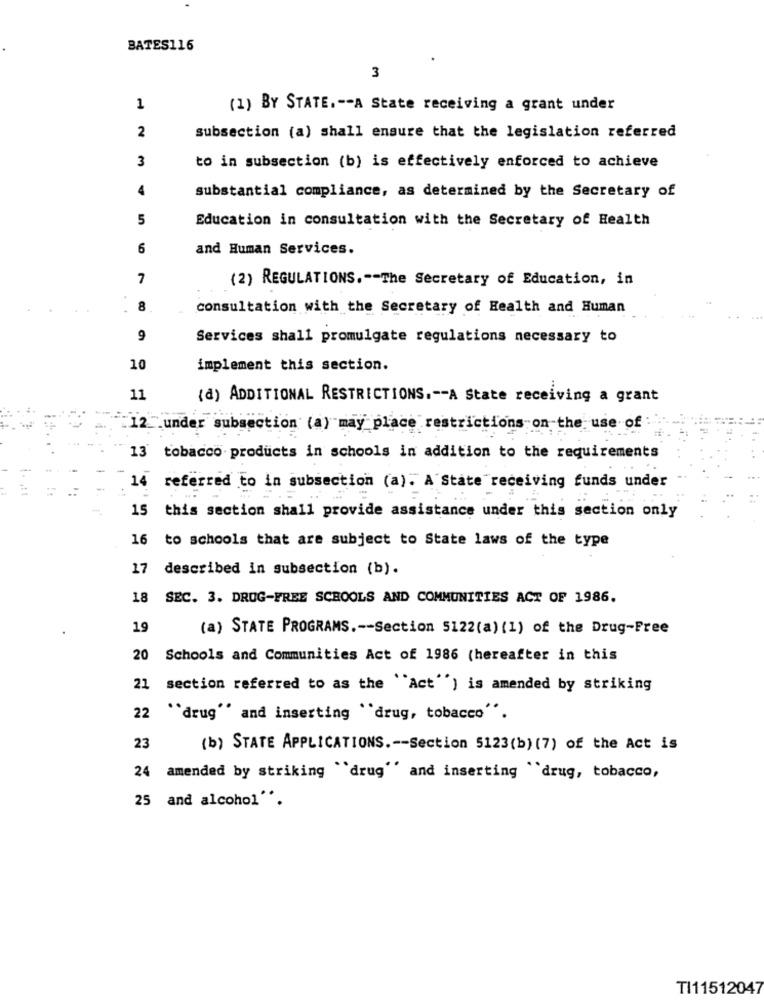
BATES116
3
1
(1) BY STATE .-- A State receiving a grant under
2
subsection (a) shall ensure that the legislation referred
3
to in subsection (b) is effectively enforced to achieve
4
substantial compliance, as determined by the Secretary of
5
Education in consultation with the Secretary of Health
6
and Human Services.
7
(2) REGULATIONS .-- The Secretary of Education, in
8
consultation with the Secretary of Health and Human
9
Services shall promulgate regulations necessary to
10
implement this section.
11
(d) ADDITIONAL RESTRICTIONS .-- A State receiving a grant
=
:12 under subsection (a) may place restrictions on the use of
13 tobacco products in schools in addition to the requirements
-
-
14 referred to in subsection (a). A State receiving funds under
15 this section shall provide assistance under this section only
16 to schools that are subject to State laws of the type
17 described in subsection (b).
18 SEC. 3. DROG-FREE SCHOOLS AND COMMUNITIES ACT OF 1986.
19
(a) STATE PROGRAMS .-- Section 5122(a) (1) of the Drug-Free
20 Schools and Communities Act of 1986 (hereafter in this
21
section referred to as the "Act'') is amended by striking
22
"drug" and inserting "drug, tobacco".
23
(b) STATE APPLICATIONS .-- Section 5123(b) (7) of the Act is
24 amended by striking "'drug'' and inserting "drug, tobacco,
25 and alcohol **.
TI11512047